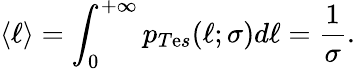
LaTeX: \langle\ell\rangle=\int_{0}^{+\infty}p_{T\mathrm{e}s}(\ell;\sigma)d\ell=\frac{{1}}{{\sigma}}.